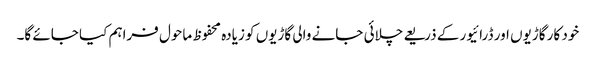
خود کار گاڑیوں اور ڈرائیور کے ذریعے چلائی جانے والی گاڑیوں کو زیادہ محفوظ ماحول فراہم کیا جائے گا۔